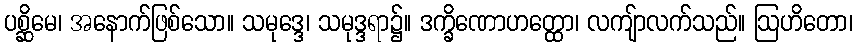
ပစ္ဆိမေ၊ အနောက်ဖြစ်သော။ သမုဒ္ဒေ၊ သမုဒ္ဒရာ၌။ ဒက္ခိဏောဟတ္ထော၊ လကျ်ာလက်သည်။ ဩဟိတော၊